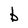
Character: b